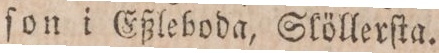
ſon i Eßleboda, Slöllerſta.